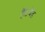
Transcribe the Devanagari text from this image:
हैंडबैंड